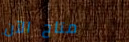
متاح الآن